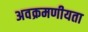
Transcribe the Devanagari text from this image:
अवक्रमणीयता